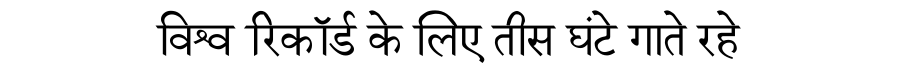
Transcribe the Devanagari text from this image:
विश्व रिकॉर्ड के लिए तीस घंटे गाते रहे